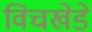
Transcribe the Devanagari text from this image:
विचखेडे